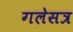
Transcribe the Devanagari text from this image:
गलेसत्र